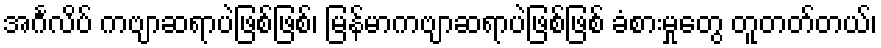
အင်္ဂလိပ် ကဗျာဆရာပဲဖြစ်ဖြစ်၊ မြန်မာကဗျာဆရာပဲဖြစ်ဖြစ် ခံစားမှုတွေ တူတတ်တယ်၊